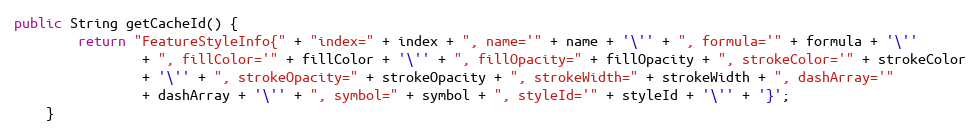
Language: Java
public String getCacheId() {
		return "FeatureStyleInfo{" + "index=" + index + ", name='" + name + '\'' + ", formula='" + formula + '\''
				+ ", fillColor='" + fillColor + '\'' + ", fillOpacity=" + fillOpacity + ", strokeColor='" + strokeColor
				+ '\'' + ", strokeOpacity=" + strokeOpacity + ", strokeWidth=" + strokeWidth + ", dashArray='"
				+ dashArray + '\'' + ", symbol=" + symbol + ", styleId='" + styleId + '\'' + '}';
	}